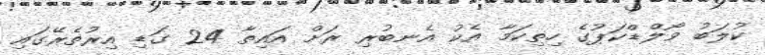
ކުލަބު ވޯލްޑްކަޕުގެ ހިތިކަމާ އެކު އެނބުރި ރަށް އައިތާ 24 ގަޑި އިރުތެރޭގައި